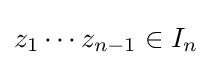
z_{1}\cdots z_{n-1}\in I_{n}